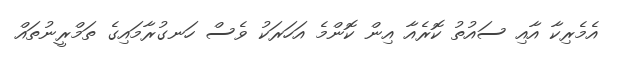
އެެމެރިކާ އާއި ސައުތު ކޮރެއާ އިން ކޮންމެ އަހަރަކު ވެސް ހަނގުރާމައިގެ ތަމްރީނުތައް